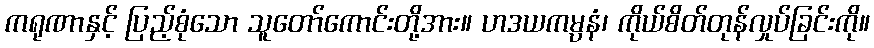
ကရုဏာနှင့် ပြည့်စုံသော သူတော်ကောင်းတို့အား။ ဟဒယကမ္ပနံ၊ ကိုယ်စိတ်တုန်လှုပ်ခြင်းကို။